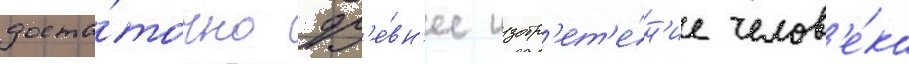
доста́точно др'е́вн'ее изобр'ет'е́н'ие челов'е́ка